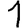
Digit: 1